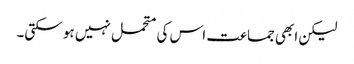
لیکن ابھی جماعت اس کی متحمل نہیں ہو سکتی۔